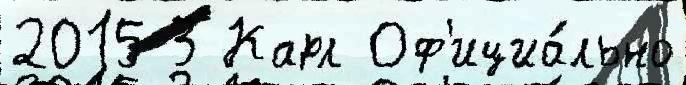
2015 3 Карл Оф'ициа́льно